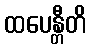
ထပေန္တီတိ